Vaccine operations Central Provinces 1868-1885 - 1868-1885
Year: 1868
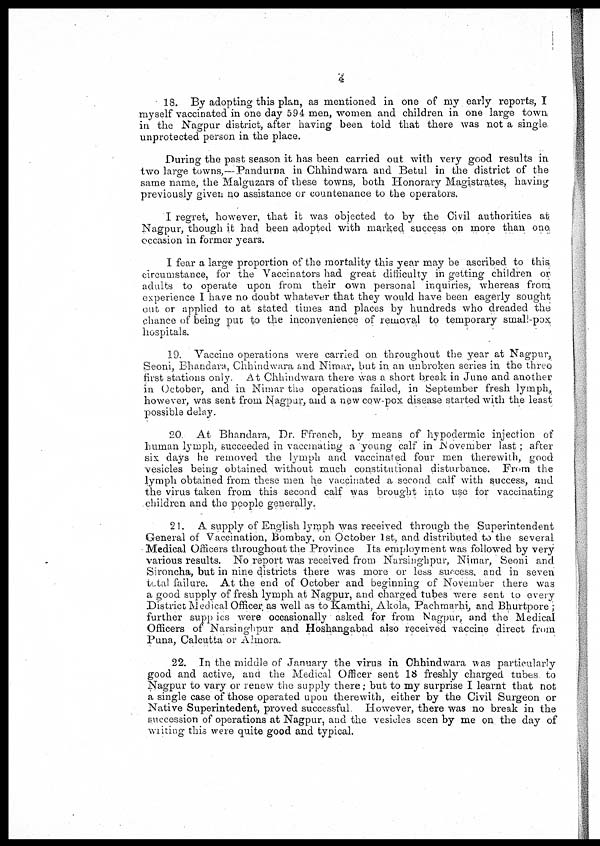
4
18. By adopting this plan, as mentioned in one of my early reports, I
myself vaccinated in one day 594 men, women and children in one large town
in the Nagpur district, after having been told that there was not a single
unprotected person in the place.
During the past season it has been carried out with very good results in
two large towns,—Pandurna in Chhindwara and Betul in the district of the
same name, the Malguzars of these towns, both Honorary Magistrates, having
previously given no assistance or countenance to the operators.
I regret, however, that it was objected to by the Civil authorities at
Nagpur, though it had been adopted with marked success on more than one
occasion in former years.
I fear a large proportion of the mortality this year may be ascribed to this
circumstance, for the Vaccinators had great difficulty in getting children or
adults to operate upon from their own personal inquiries, whereas from
experience I have no doubt whatever that they would have been eagerly sought
out or applied to at stated times and places by hundreds who dreaded the
chance of being put to the inconvenience of removal to temporary small-pox
hospitals.
19. Vaccine operations were carried on throughout the year at Nagpur,
Seoni, Bhandara, Chhindwara and Nimar, but in an unbroken series in the three
first stations only At Chhindwara there was a short break in June and another
in October, and in Nimar the operations failed, in September fresh lymph,
however, was sent from Nagpur, and a new cow-pox disease started with the least
possible delay.
20 At Bhandara, Dr. Ffrench, by means of hypodermic injection of
human lymph, succeeded in vaccinating a young calf in November last; after
six days he removed the lymph and vaccinated four men therewith, good
vesicles being obtained without much constitutional disturbance. From the
lymph obtained from these men he vaccinated a second calf with success, and
the virus taken from this second calf was brought into use for vaccinating
children and the people generally.
21. A supply of English lymph was received through the Superintendent
General of Vaccination, Bombay, on October 1st, and distributed to the several
Medical Officers throughout the Province Its employment was followed by very
various results. No report was received from Narsinghpur, Nimar, Seoni and
Sironcha, but in nine districts there was more or less success, and in seven
total failure. At the end of October and beginning of November there was
a good supply of fresh lymph at Nagpur, and charged tubes were sent to every
District Medical Officer as well as to Kamthi, Akola, Pachmarhi, and Bhurtpore ;
further supplies were occasionally asked for from Nagpur, and the Medical
Officers of Narsinghpur and Hoshangabad also received vaccine direct from
Puna, Calcutta or Almora.
22. In the middle of January the virus in Chhindwara was particularly
good and active, and the Medical Officer sent 18 freshly charged tubes to
Nagpur to vary or renew the supply there; but to my surprise I learnt that not
a single case of those operated upon therewith, either by the Civil Surgeon or
Native Superintedent, proved successful However, there was no break in the
succession of operations at Nagpur, and the vesicles seen by me on the day of
writing this were quite good and typical.